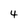
Character: 4